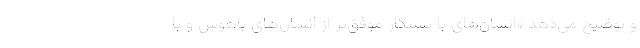
و توضیح می‌دهد «انسان‌های با پشتکار موفق‌تر از انسان‌های باهوش و با